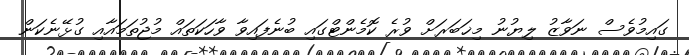
ގައިމުވެސް ނަވާޒު ލިޔުނު މިޚަބަރަށް ވުރެ ކޮމެންޓްގައި ބުނެފައިވާ ވާހަކަތައް މުޖުތަމައާއި ގުޅޭނެކަން